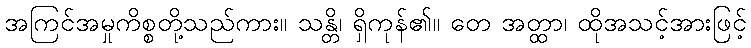
အကြင်အမှုကိစ္စတို့သည်ကား။ သန္တိ၊ ရှိကုန်၏။ တေ အတ္ထာ၊ ထိုအသင့်အားဖြင့်